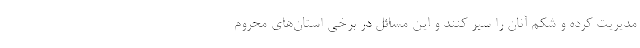
مدیریت کرده و شکم آنان را سیر کنند و این مسائل در برخی استان‌های محروم